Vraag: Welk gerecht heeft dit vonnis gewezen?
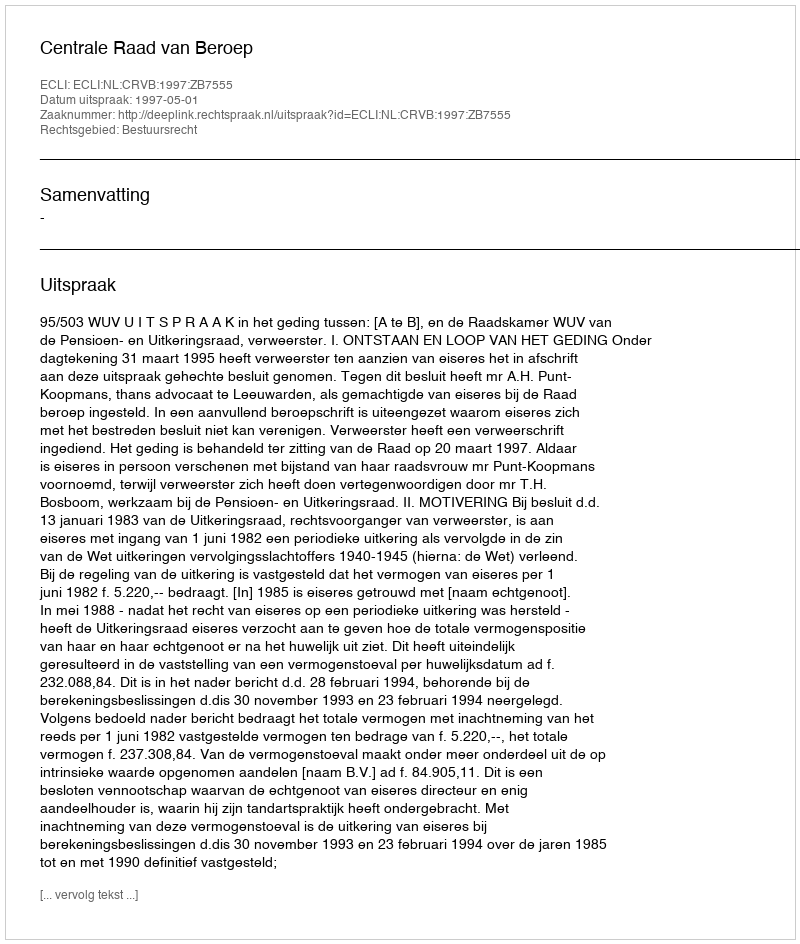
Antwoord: Centrale Raad van Beroep